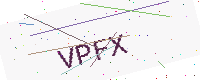
Text: VPFX